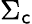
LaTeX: \Sigma_{\mathsf{c}}